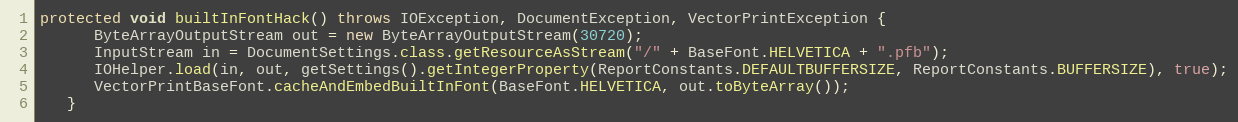
Language: Java
protected void builtInFontHack() throws IOException, DocumentException, VectorPrintException {
      ByteArrayOutputStream out = new ByteArrayOutputStream(30720);
      InputStream in = DocumentSettings.class.getResourceAsStream("/" + BaseFont.HELVETICA + ".pfb");
      IOHelper.load(in, out, getSettings().getIntegerProperty(ReportConstants.DEFAULTBUFFERSIZE, ReportConstants.BUFFERSIZE), true);
      VectorPrintBaseFont.cacheAndEmbedBuiltInFont(BaseFont.HELVETICA, out.toByteArray());
   }